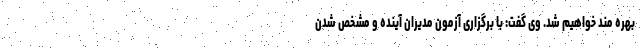
بهره مند خواهیم شد. وی گفت: با برگزاری آزمون مدیران آینده و مشخص شدن